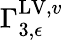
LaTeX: \Gamma_{3,\epsilon}^{\mathrm{LV},v}